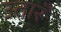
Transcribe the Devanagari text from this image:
उतारूँ